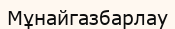
Мұнайгазбарлау